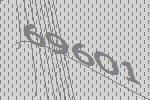
69601